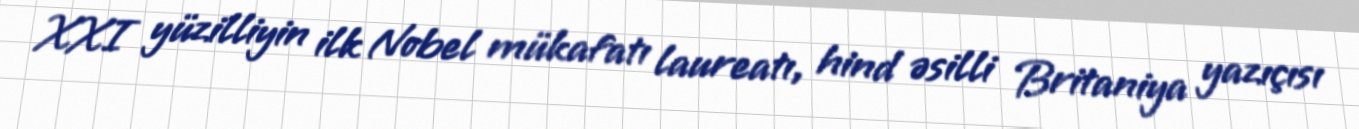
XXI yüzilliyin ilk Nobel mükafatı laureatı, hind əsilli Britaniya yazıçısı